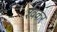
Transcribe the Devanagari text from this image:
श्वेंकर